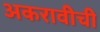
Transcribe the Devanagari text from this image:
अकरावीची